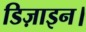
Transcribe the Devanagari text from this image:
डिज़ाइन।